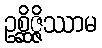
ဥစ္ဆိဇ္ဇိဿာမ